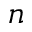
n